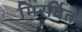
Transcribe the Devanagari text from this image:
मिरवित